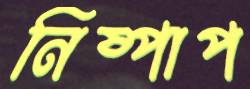
নিষ্পাপ